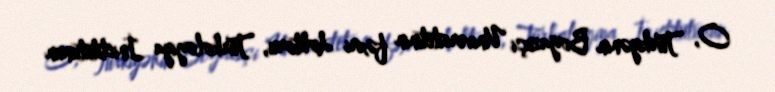
O, Türkiyənin Boğaziçi Universitetinin fəxri doktoru, Türkologiya İnistitutunun